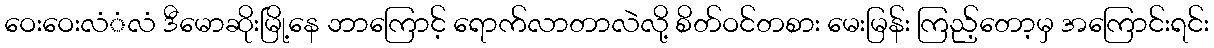
ဝေးဝေးလံံလံ ဒီမောဆိုးမြို့နေ ဘာကြောင့် ရောက်လာတာလဲလို့ စိတ်ဝင်တစား မေးမြန်း ကြည့်တော့မှ အကြောင်းရင်း